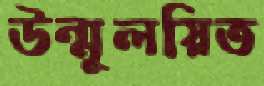
উন্মূলয়িত